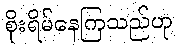
စိုးရိမ်နေကြသည်ဟု